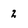
Character: 2